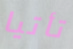
تأتيا